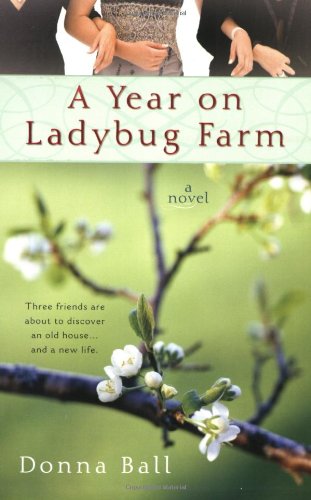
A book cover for A Year on Ladybug Farm; Donna Ball; Literature & Fiction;